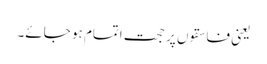
یعنی فاسقوں پر حجت اتمام ہو جائے۔